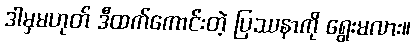
ဒါမှမဟုတ် ဒီထက်ကောင်းတဲ့ ပြဿနာကို ရွေးမလား။